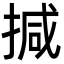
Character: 㨔